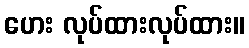
ဟေး လုပ်ထားလုပ်ထား။